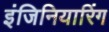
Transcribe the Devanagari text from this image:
इंजिनियारिंग